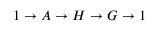
1 \to A \to H \to G \to 1